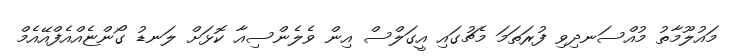
މައުލޫމާތު މުއްސަނދިވި ފުރަތަމަ މެޗުގައި އީގަލްސް އިން ވެލެންސިއާ ކޮޅަށް ލަނޑު ގޯންޏެއްއެފްއޭއެމް